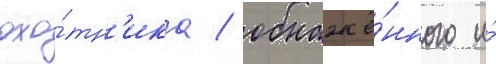
охо́тн'ика / обнажё́нного и́